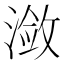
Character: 潋